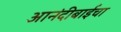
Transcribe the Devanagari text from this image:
आनंदीबाईंचा